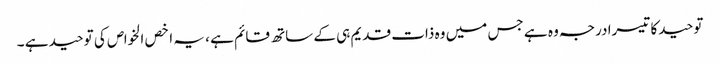
توحید کا تیسرا درجہ وہ ہے جس میں وہ ذات قدیم ہی کے ساتھ قائم ہے ، یہ اخص الخواص کی توحید ہے ۔